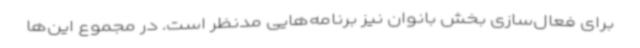
برای فعال‌سازی بخش بانوان نیز برنامه‌هایی مدنظر است. در مجموع این‌ها